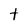
Character: t